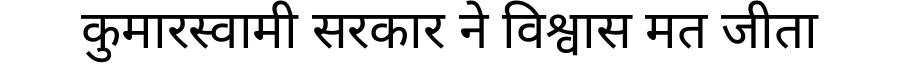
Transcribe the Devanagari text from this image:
कुमारस्वामी सरकार ने विश्वास मत जीता